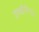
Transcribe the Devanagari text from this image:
उपडोमेन्स